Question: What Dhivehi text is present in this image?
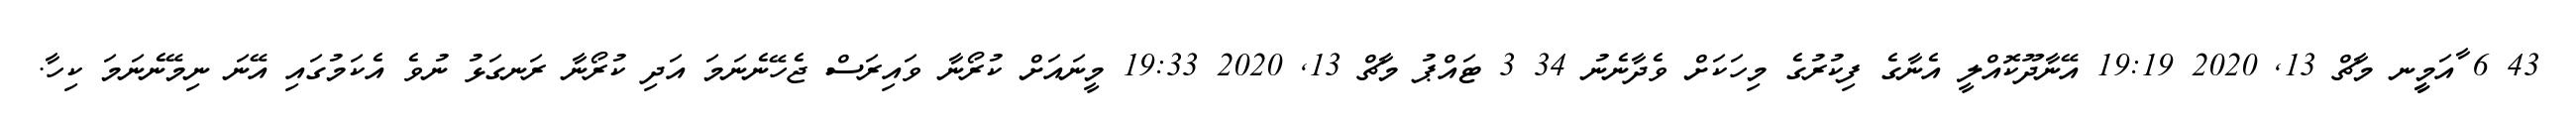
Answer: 43 6 ާއަމީީނ މާޗް 13, 2020 19:19 އޭނާދޫކޮއްލީ އެނާގެ ފިކުރުގެ މިހަކަށް ވެދާނެނު 34 3 ޓައްޕު މާޗް 13, 2020 19:33 މީނައަށް ކުރޯނާ ވައިރަސް ޖެހޭނެނަމަ އަދި ކުރޯނާ ރަނގަޅު ނުވެ އެކަމުގައި އޭނަ ނިމޭނެނަމަ ކިހާ.